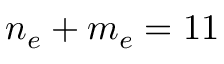
n _ { e } + m _ { e } = 1 1